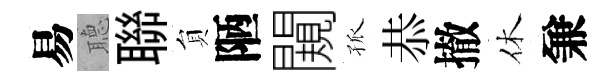
易𦗟聯貟陋闚孤恭撤休兼